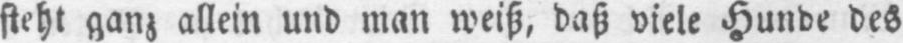
steht ganz allein und man weiß, daß viele Hunde des